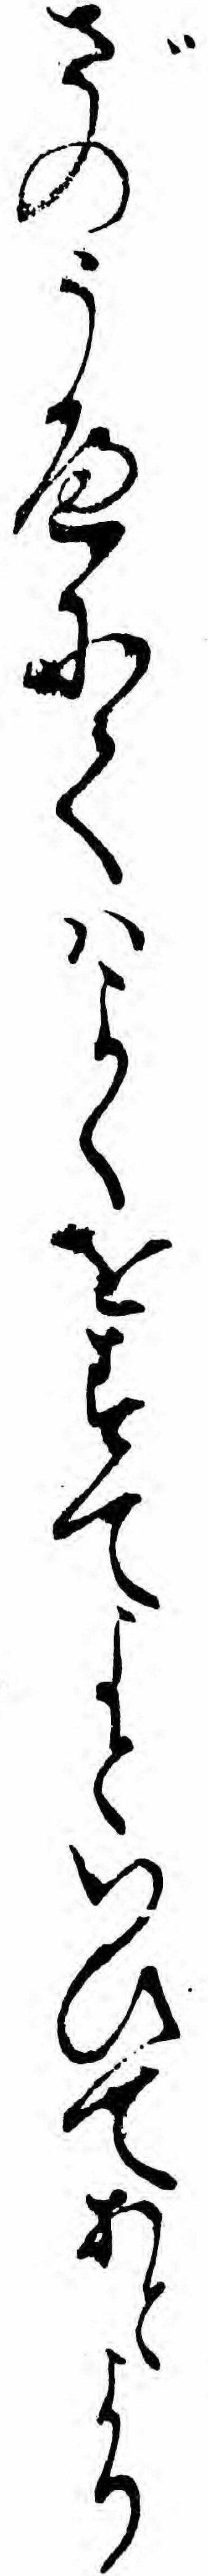
ざのうへにてハよくをすてよといひてあとより